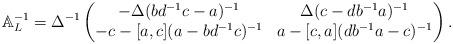
LaTeX: \begin{align*} \mathbb{A}^{-1}_L=\Delta^{-1}\left(\begin{matrix}-\Delta(bd^{-1}c-a)^{-1}& \Delta(c-db^{-1}a)^{-1}\\ -c-[a,c](a-bd^{-1}c)^{-1} & a-[c,a](db^{-1}a-c)^{-1} \end{matrix}\right).\end{align*}